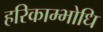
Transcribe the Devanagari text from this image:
हरिकाम्भोधि